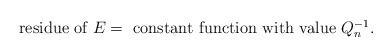
LaTeX: \begin{align*} \mbox{residue of $E$} = \mbox{ constant function with value $Q_n^{-1}$.}\end{align*}